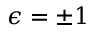
\epsilon = \pm 1